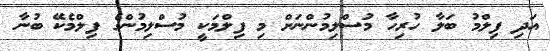
އަދި ފިލްމު ބަލާ ހުރިހާ މުސްލިމުންނަށް މި ފިލްމަކީ މުސްލިމުންގެ ފިލްމެކޭ ބުނާ